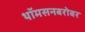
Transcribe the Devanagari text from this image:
थॉमसनबरोबर